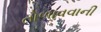
તોળાવવાની